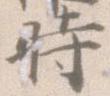
時